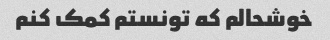
خوشحالم که تونستم کمک کنم